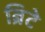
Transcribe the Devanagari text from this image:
ब्रिटे